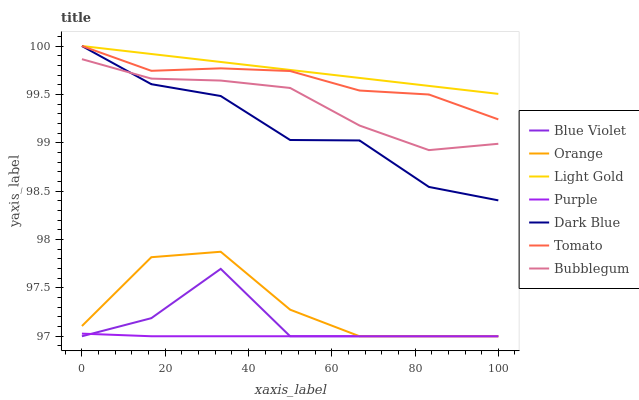
| xaxis_label | Blue Violet | Orange | Light Gold | Purple | Dark Blue | Tomato | Bubblegum |
 | --- | --- | --- | --- | --- | --- | --- | --- |
 | 0 | 97 | 97.1 | 100 | 97 | 100 | 100 | 99.9 |
 | 16.7 | 97.2 | 97.8 | 99.9 | 97 | 99.6 | 99.7 | 99.7 |
 | 33.3 | 97.7 | 97.9 | 99.8 | 97 | 99.5 | 99.8 | 99.6 |
 | 50 | 97 | 97.3 | 99.8 | 97 | 99 | 99.7 | 99.6 |
 | 66.7 | 97 | 97 | 99.7 | 97 | 99 | 99.5 | 99.2 |
 | 83.3 | 97 | 97 | 99.6 | 97 | 98.5 | 99.5 | 98.9 |
 | 100 | 97 | 97 | 99.5 | 97 | 98.4 | 99.2 | 99 |